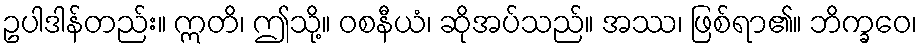
ဥပါဒါန်တည်း။ ဣတိ၊ ဤသို့။ ဝစနီယံ၊ ဆိုအပ်သည်။ အဿ၊ ဖြစ်ရာ၏။ ဘိက္ခဝေ၊